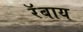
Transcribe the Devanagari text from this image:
रॅबाय